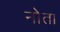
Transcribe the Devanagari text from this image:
नोता